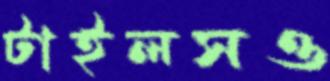
টাইলসও